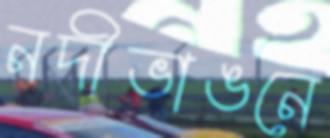
নদীভাঙনে